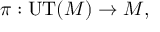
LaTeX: \pi : \mathrm { U T } ( M ) \to M ,